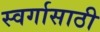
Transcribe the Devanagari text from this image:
स्वर्गासाठी